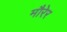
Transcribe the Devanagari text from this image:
मौरेर